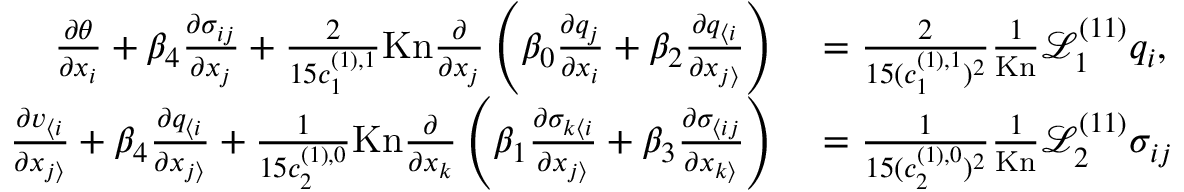
\begin{array} { r l } { \frac { \partial \theta } { \partial x _ { i } } + \beta _ { 4 } \frac { \partial \sigma _ { i j } } { \partial x _ { j } } + \frac { 2 } { 1 5 c _ { 1 } ^ { ( 1 ) , 1 } } \mathrm { K n } \frac { \partial } { \partial x _ { j } } \left( \beta _ { 0 } \frac { \partial q _ { j } } { \partial x _ { i } } + \beta _ { 2 } \frac { \partial q _ { \langle i } } { \partial x _ { j \rangle } } \right) } & { { } = \frac { 2 } { 1 5 ( c _ { 1 } ^ { ( 1 ) , 1 } ) ^ { 2 } } \frac { 1 } { \mathrm { K n } } \mathscr { L } _ { 1 } ^ { ( 1 1 ) } q _ { i } , } \\ { \frac { \partial v _ { \langle i } } { \partial x _ { j \rangle } } + \beta _ { 4 } \frac { \partial q _ { \langle i } } { \partial x _ { j \rangle } } + \frac { 1 } { 1 5 c _ { 2 } ^ { ( 1 ) , 0 } } \mathrm { K n } \frac { \partial } { \partial x _ { k } } \left( \beta _ { 1 } \frac { \partial \sigma _ { k \langle i } } { \partial x _ { j \rangle } } + \beta _ { 3 } \frac { \partial \sigma _ { \langle i j } } { \partial x _ { k \rangle } } \right) } & { { } = \frac { 1 } { 1 5 ( c _ { 2 } ^ { ( 1 ) , 0 } ) ^ { 2 } } \frac { 1 } { \mathrm { K n } } \mathscr { L } _ { 2 } ^ { ( 1 1 ) } \sigma _ { i j } } \end{array}